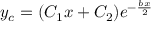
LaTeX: y _ { c } = ( C _ { 1 } x + C _ { 2 } ) e ^ { - { \frac { b x } { 2 } } }